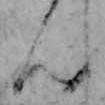
ん